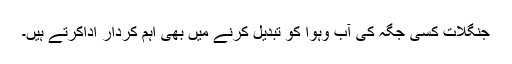
جنگلات کسی جگہ کی آب وہوا کو تبدیل کرنے میں بھی اہم کردار اداکرتے ہیں۔